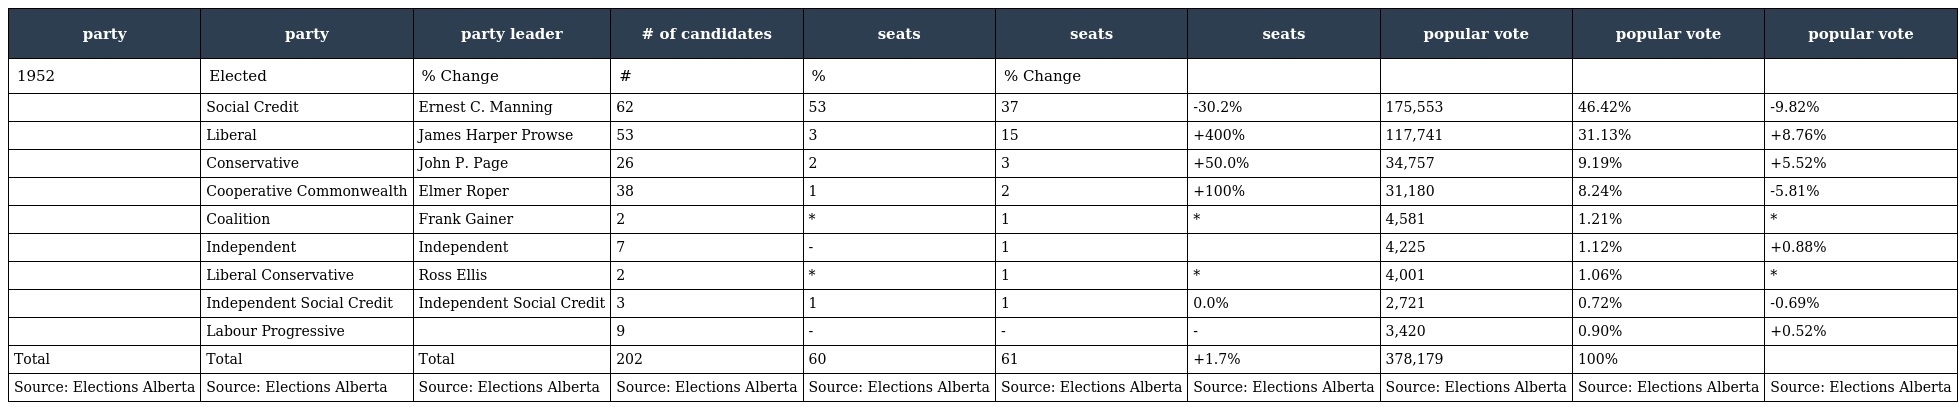
| party | party | party leader | # of candidates | seats | seats | seats | popular vote | popular vote | popular vote |
 | --- | --- | --- | --- | --- | --- | --- | --- | --- | --- |
 | 1952 | Elected | % Change | # | % | % Change |  |  |  |  |
 |  | Social Credit | Ernest C. Manning | 62 | 53 | 37 | -30.2% | 175,553 | 46.42% | -9.82% |
 |  | Liberal | James Harper Prowse | 53 | 3 | 15 | +400% | 117,741 | 31.13% | +8.76% |
 |  | Conservative | John P. Page | 26 | 2 | 3 | +50.0% | 34,757 | 9.19% | +5.52% |
 |  | Cooperative Commonwealth | Elmer Roper | 38 | 1 | 2 | +100% | 31,180 | 8.24% | -5.81% |
 |  | Coalition | Frank Gainer | 2 | * | 1 | * | 4,581 | 1.21% | * |
 |  | Independent | Independent | 7 | - | 1 |  | 4,225 | 1.12% | +0.88% |
 |  | Liberal Conservative | Ross Ellis | 2 | * | 1 | * | 4,001 | 1.06% | * |
 |  | Independent Social Credit | Independent Social Credit | 3 | 1 | 1 | 0.0% | 2,721 | 0.72% | -0.69% |
 |  | Labour Progressive |  | 9 | - | - | - | 3,420 | 0.90% | +0.52% |
 | Total | Total | Total | 202 | 60 | 61 | +1.7% | 378,179 | 100% |  |
 | Source: Elections Alberta | Source: Elections Alberta | Source: Elections Alberta | Source: Elections Alberta | Source: Elections Alberta | Source: Elections Alberta | Source: Elections Alberta | Source: Elections Alberta | Source: Elections Alberta | Source: Elections Alberta |